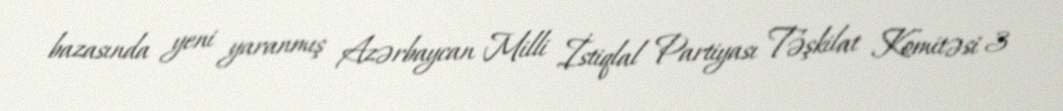
bazasında yeni yaranmış Azərbaycan Milli İstiqlal Partiyası Təşkilat Komitəsi 3